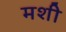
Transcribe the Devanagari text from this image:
मशी